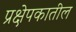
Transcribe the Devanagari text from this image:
प्रक्षेपकातील